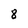
Character: 8